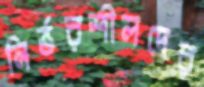
নির্ভরশীলদের